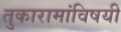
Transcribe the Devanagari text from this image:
तुकारामांविषयी